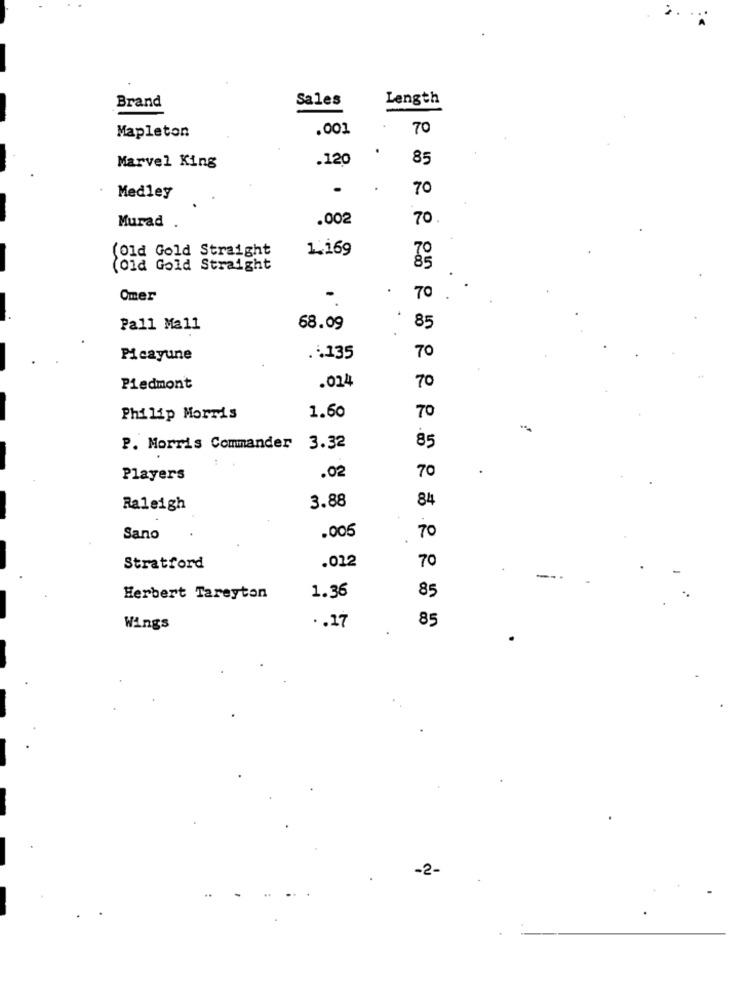
Brand
Sales
Length
.001
70
Mapleton
.120
85
Marvel King
70
Medley
Murad .
.002
70.
(Old Gold Straight
1.169
(Old Gold Straight
Omer
70
Pall Mall
68.09
85
Picayune
.. 135
70
.024
Piedmont
70
70
Philip Morris
1.60
85
P. Morris Commander 3.32
70
Players
.02
3.88
84
Raleigh
.005
70
Sano
.012
70
Stratford
--
1.36
85
Herbert Tareyton
85
Wings
.. 17
-2-
..